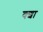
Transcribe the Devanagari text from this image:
क्शा